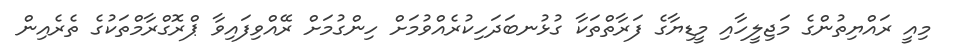
މިއީ ރައްޔިތުންގެ މަޖިލީހާއި މީޑިޔާގެ ފަރާތްތަކާ ގުޅުނބަދަހިކުރެއްވުމަށް ހިންގުމަށް ރޭއްވިފައިވާ ޕްރޮގްރާމްތަކުގެ ތެރެއިން